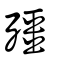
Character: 殭